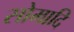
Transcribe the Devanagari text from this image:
सोमादि